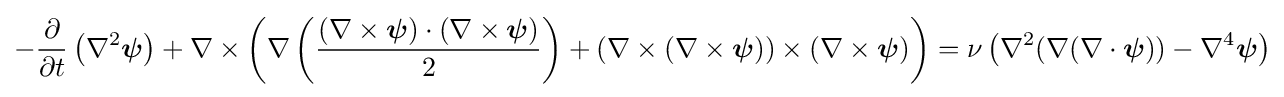
-{\frac {\partial }{\partial t}}\left(\nabla ^{2}{\boldsymbol {\psi }}\right)+\nabla \times \left(\nabla \left({\frac {(\nabla \times {\boldsymbol {\psi }})\cdot (\nabla \times {\boldsymbol {\psi }})}{2}}\right)+\left(\nabla \times (\nabla \times {\boldsymbol {\psi }})\right)\times (\nabla \times {\boldsymbol {\psi }})\right)=\nu \left(\nabla ^{2}(\nabla (\nabla \cdot {\boldsymbol {\psi }}))-\nabla ^{4}{\boldsymbol {\psi }}\right)